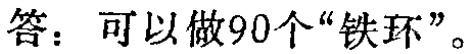
答：可以做90个“铁环”。